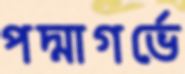
পদ্মাগর্ভে